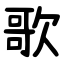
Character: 歌